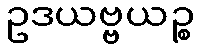
ဥဒယဗ္ဗယဉ္စ